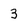
Character: 3